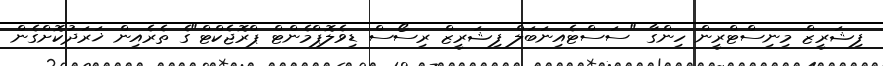
ފިޝަރީޒް މިނިސްޓްރީން ހިންގާ "ސަސްޓެއިނަބަލް ފިޝަރީޒް ރިސޯސް ޑިވެލޮޕްމެންޓް ޕްރޮޖެކްޓް"ގެ ތެރެއިން ޚަރަދުކޮށްގެން